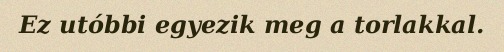
Ez utóbbi egyezik meg a torlakkal.